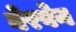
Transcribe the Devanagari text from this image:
बेरवेन